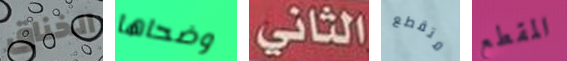
الخناق وضحاها الثاني متقطع المقطع